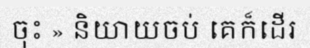
ចុះ » និយាយចប់ គេក៏ដើរ